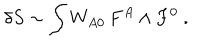
LaTeX: \delta S \sim \int W _ { A 0 } \, F ^ { A } \wedge F ^ { 0 } \ .